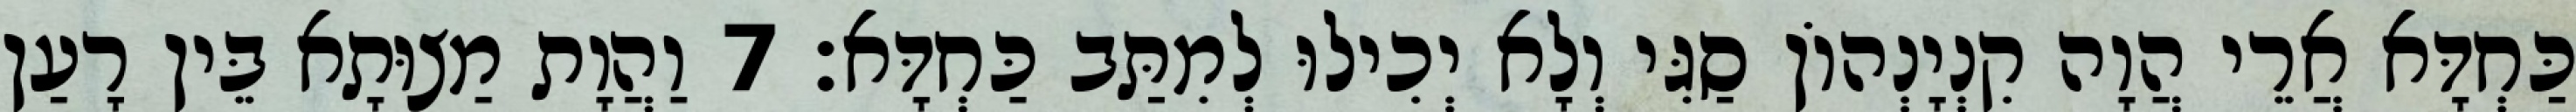
כַּחְדָּא אֲרֵי הֲוָה קִנְיָנְהוֹן סַגִּי וְלָא יְכִילוּ לְמִתַּב כַּחְדָּא׃ 7 וַהֲוָת מַצוּתָא בֵּין רָעַן